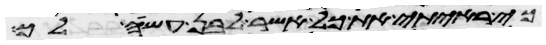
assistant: כי ראיתי את כל אשר לבן עשה לך